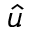
\hat { u }